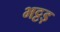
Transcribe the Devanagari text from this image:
भट्टड़